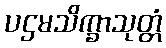
ပဌမသိက္ခာသုတ္တံ